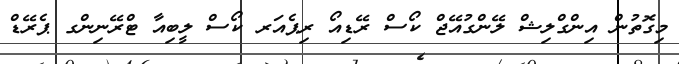
މިގޮތުން އިންގްލިޝް ލޭންގުއޭޖް ކޯސް ރޭޑިއޯ ރިޕެއަރ ކޯސް ލީބިއާ ޓްރޭނިންގ ޕެރޭޑް